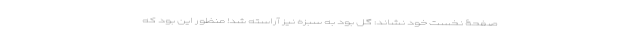
صفحۀ نخست خود نشاند: گل بود به سبزه نیز آراسته شد! منظور این بود که